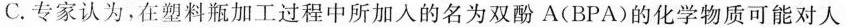
C专家认为,在塑料瓶加工过程中所加人的名为双酚A(BPA)的化学物质可能对人